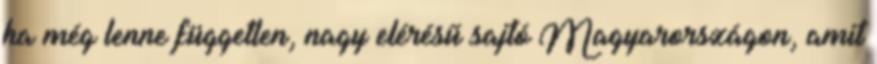
ha még lenne független, nagy elérésű sajtó Magyarországon, amit